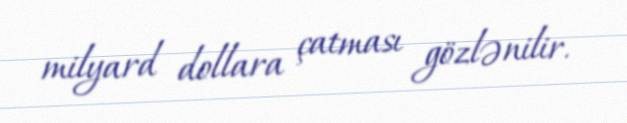
milyard dollara çatması gözlənilir.